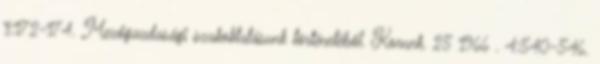
1:172-174. Mezőgazdasági szakoktatásunk történetéből. Korunk. 25 1966 . 4:540-546.